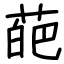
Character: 葩